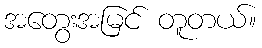
အတွေးအမြင် တူတယ်။